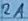
Text: 2A